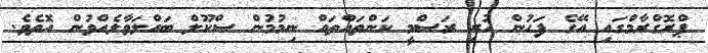
ޕްރޮގްރާމްގައި އޭގެ ފަހުން ހުރި ރަސްމީ ކަންތައްތައް ނިމުމުން ސްކޫލް ބައްލަވާލެއްވުން އޮތެވެ.